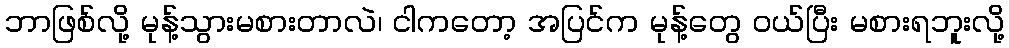
ဘာဖြစ်လို့ မုန့်သွားမစားတာလဲ၊ ငါကတော့ အပြင်က မုန့်တွေ ဝယ်ပြီး မစားရဘူးလို့